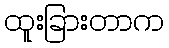
ထူးခြားတာက